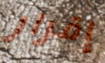
إقرار